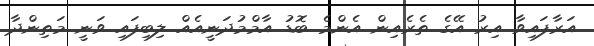
އަރާފައިވާ އިރު އޭގެ ތެރެއިން އެންމެ ބޮޑު އާމްމުދަނީއެއް ލިބިފައި ވަނީ މަތިންދާ